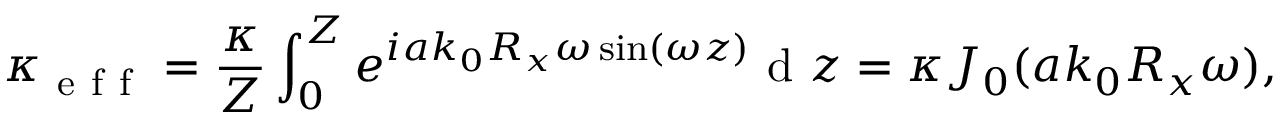
\kappa _ { \mathrm { ~ e ~ f ~ f ~ } } = \frac { \kappa } { Z } \int _ { 0 } ^ { Z } e ^ { i a k _ { 0 } R _ { x } \omega \sin ( \omega z ) } \mathrm { ~ d ~ } z = \kappa J _ { 0 } ( a k _ { 0 } R _ { x } \omega ) ,